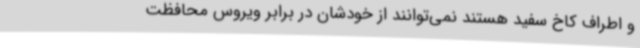
و اطراف کاخ سفید هستند نمی‌توانند از خودشان در برابر ویروس محافظت